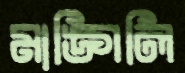
মাঙ্গিলি